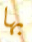
بها